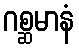
ဂစ္ဆမာနံ